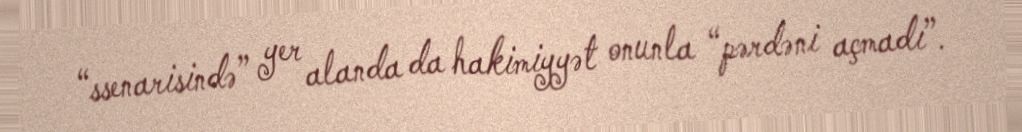
“ssenarisində” yer alanda da hakimiyyət onunla “pərdəni açmadı”.